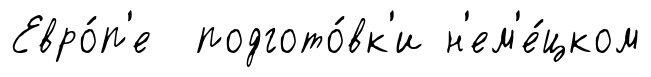
Евро́п'е подгото́вк'и н'ем'е́цком